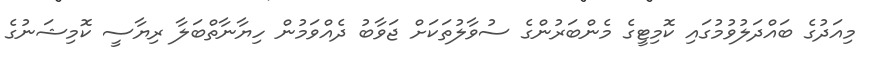
މިއަދުގެ ބައްދަލުވުމުގައި ކޮމިޓީގެ މެންބަރުންގެ ސުވާލުތަކަށް ޖަވާބު ދެއްވަމުން ހިޔާނާތްބަލާ ރިޔާސީ ކޮމިޝަނުގެ